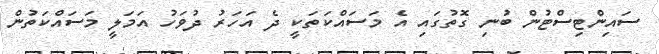
ސައިންޓިސްޓުން ބުނި ގޮތުގައި އެ މަސައްކަތަކީ ދެ އަހަރު ދުވަހު އަމަލީ މަސައްކަތުން